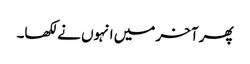
پھر آخر میں انہوں نے لکھا۔